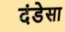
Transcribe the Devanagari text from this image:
दंडेसा